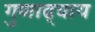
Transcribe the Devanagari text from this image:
गुणाढ्याय